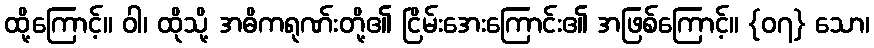
ထို့ကြောင့်။ ဝါ၊ ထိုသို့ အဓိကရုဏ်းတို့၏ ငြိမ်းအေးကြောင်း၏ အဖြစ်ကြောင့်။ {၀၇} သော၊